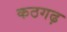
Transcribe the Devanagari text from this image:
कठगढ़